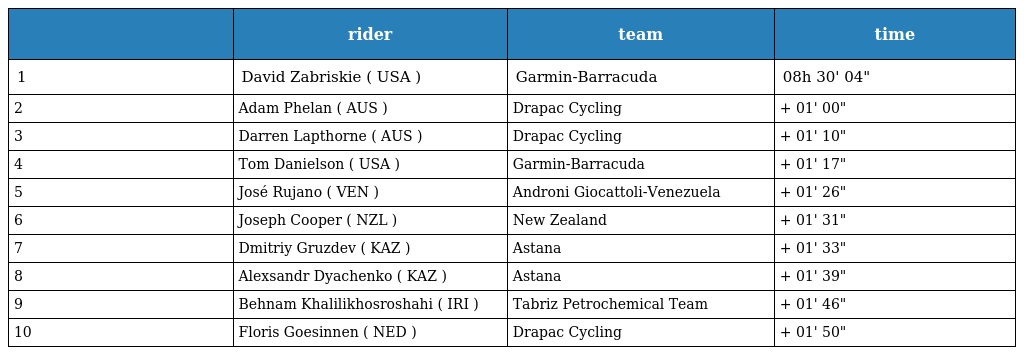
|  | rider | team | time |
 | --- | --- | --- | --- |
 | 1 | David Zabriskie ( USA ) | Garmin-Barracuda | 08h 30' 04" |
 | 2 | Adam Phelan ( AUS ) | Drapac Cycling | + 01' 00" |
 | 3 | Darren Lapthorne ( AUS ) | Drapac Cycling | + 01' 10" |
 | 4 | Tom Danielson ( USA ) | Garmin-Barracuda | + 01' 17" |
 | 5 | José Rujano ( VEN ) | Androni Giocattoli-Venezuela | + 01' 26" |
 | 6 | Joseph Cooper ( NZL ) | New Zealand | + 01' 31" |
 | 7 | Dmitriy Gruzdev ( KAZ ) | Astana | + 01' 33" |
 | 8 | Alexsandr Dyachenko ( KAZ ) | Astana | + 01' 39" |
 | 9 | Behnam Khalilikhosroshahi ( IRI ) | Tabriz Petrochemical Team | + 01' 46" |
 | 10 | Floris Goesinnen ( NED ) | Drapac Cycling | + 01' 50" |